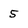
Character: 5